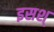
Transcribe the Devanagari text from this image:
इसश्